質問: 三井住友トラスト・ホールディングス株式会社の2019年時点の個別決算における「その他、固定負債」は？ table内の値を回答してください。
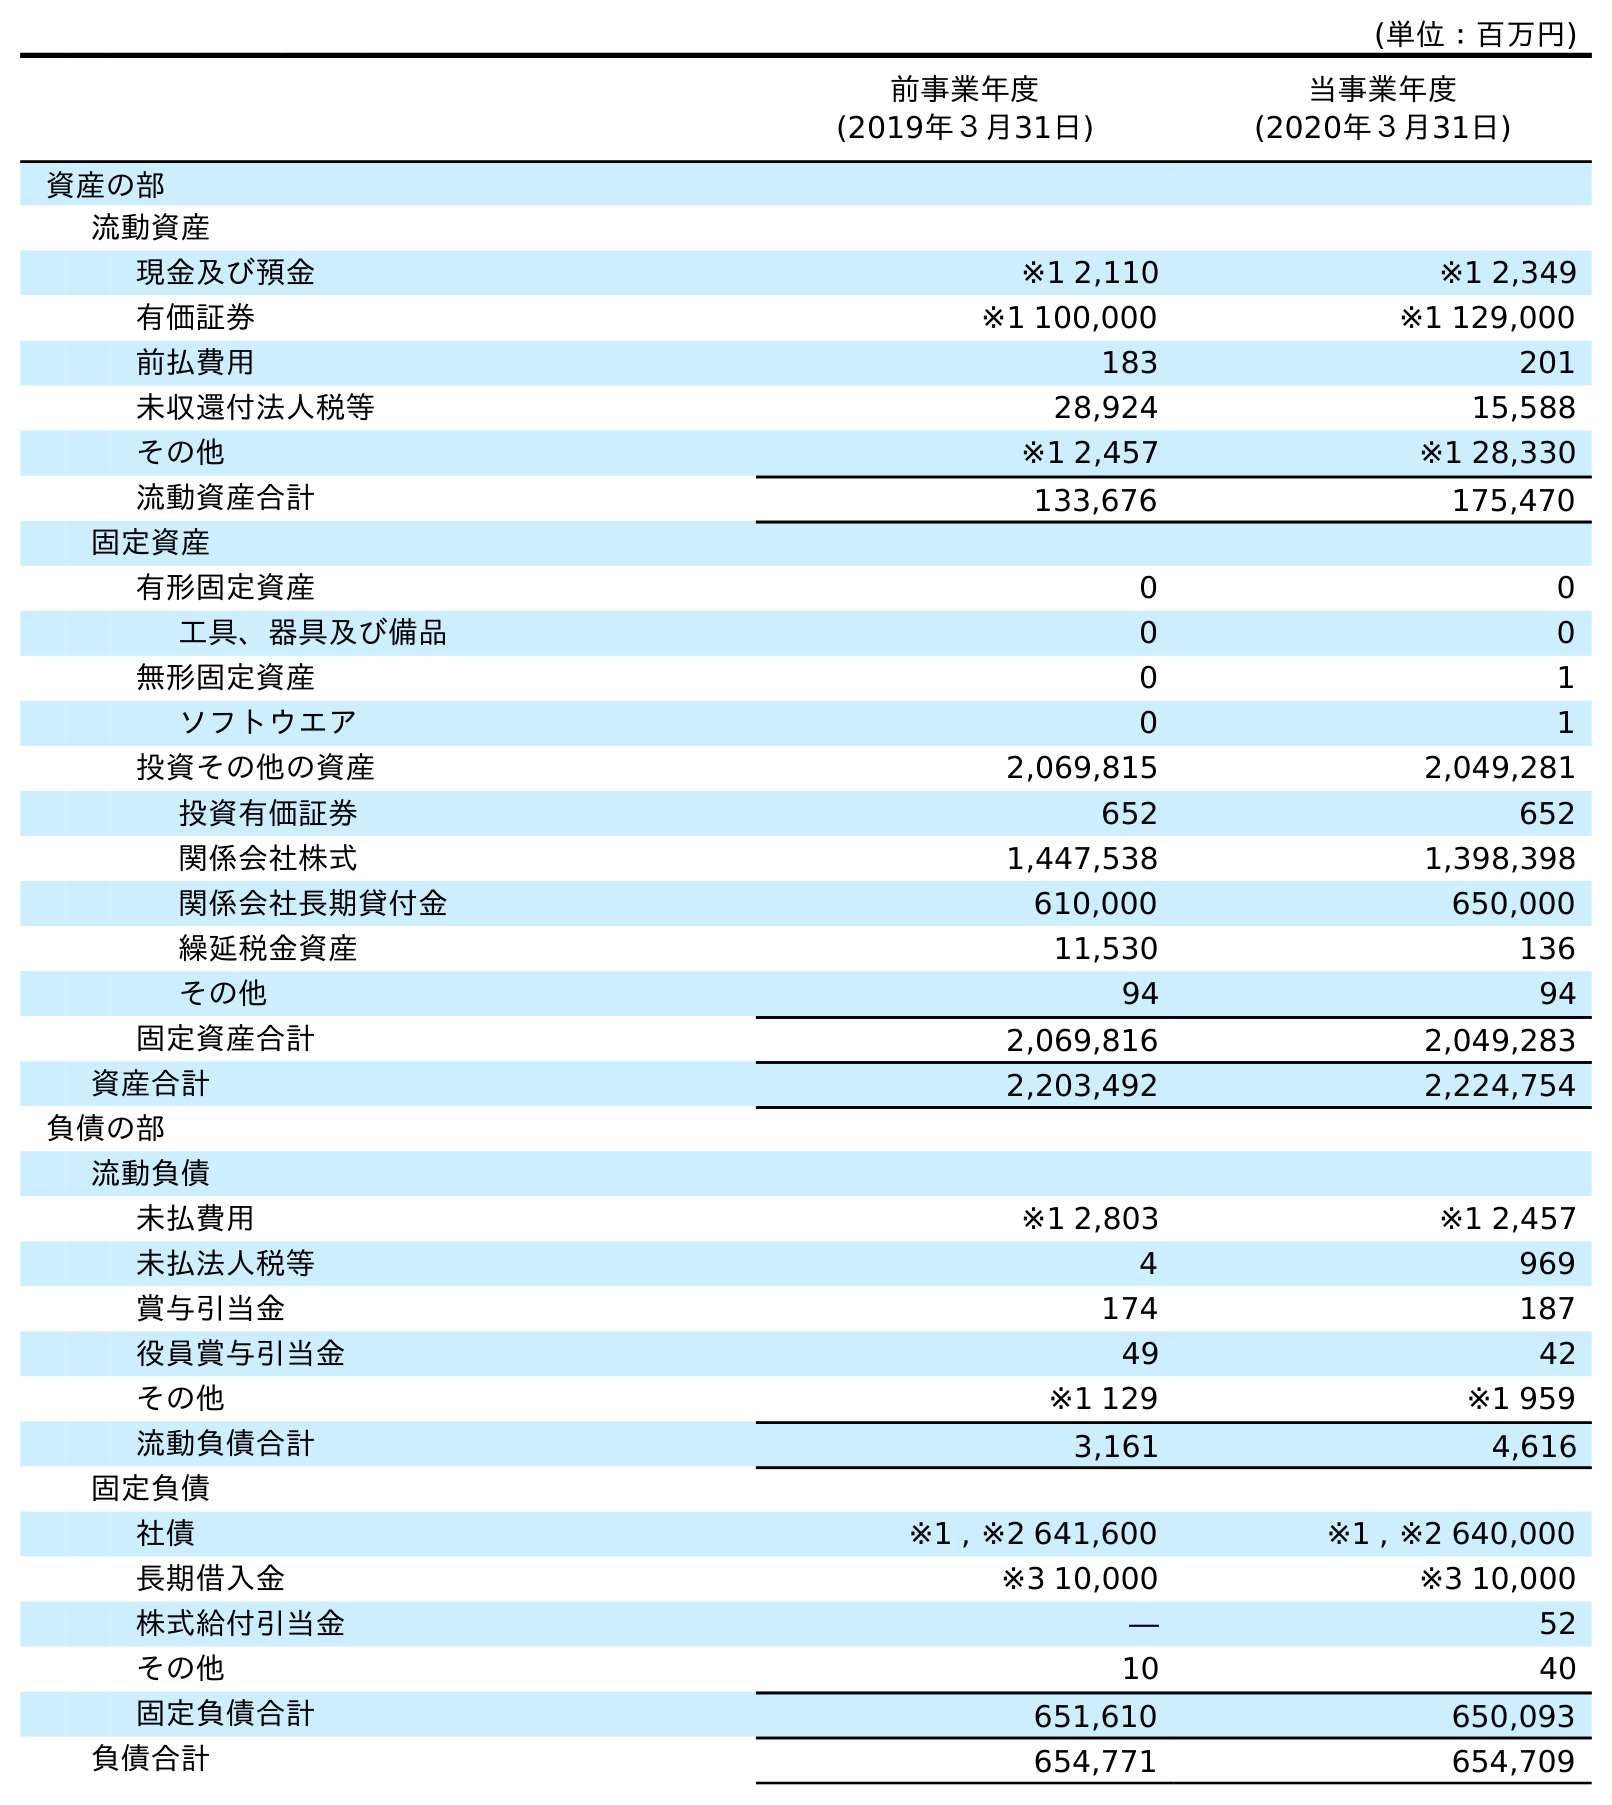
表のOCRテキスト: (単位：百万円) 前事業年度 (2019年３月31日) 当事業年度 (2020年３月31日) 資産の部 流動資産 現金及び預金 ※1 2,110 ※1 2,349 有価証券 ※1 100,000 ※1 129,000 前払費用 183 201 未収還付法人税等 28,924 15,588 その他 ※1 2,457 ※1 28,330 流動資産合計 133,676 175,470 固定資産 有形固定資産 0 0 工具、器具及び備品 0 0 無形固定資産 0 1 ソフトウエア 0 1 投資その他の資産 2,069,815 2,049,281 投資有価証券 652 652 関係会社株式 1,447,538 1,398,398 関係会社長期貸付金 610,000 650,000 繰延税金資産 11,530 136 その他 94 94 固定資産合計 2,069,816 2,049,283 資産合計 2,203,492 2,224,754 負債の部 流動負債 未払費用 ※1 2,803 ※1 2,457 未払法人税等 4 969 賞与引当金 174 187 役員賞与引当金 49 42 その他 ※1 129 ※1 959 流動負債合計 3,161 4,616 固定負債 社債 ※1 , ※2 641,600 ※1 , ※2 640,000 長期借入金 ※3 10,000 ※3 10,000 株式給付引当金 ― 52 その他 10 40 固定負債合計 651,610 650,093 負債合計 654,771 654,709
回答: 10